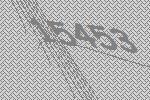
15453